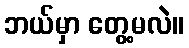
ဘယ်မှာ တွေ့မလဲ။